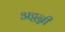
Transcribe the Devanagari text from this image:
अट्ठन्नी